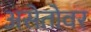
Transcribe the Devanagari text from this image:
असेतोवर